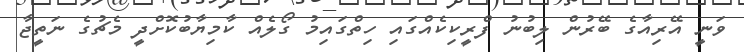
ވަނީ އޭރިއާގެ ބޭރުން ލިބުނު ފްރީކިކެއްގައި ހިތްގައިމު ގޯލެއް ކާމިޔާބުކޮށްދީ މެޗުގެ ނަތީޖާ